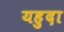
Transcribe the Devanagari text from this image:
यहुदा